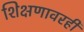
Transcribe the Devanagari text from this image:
शिक्षणावरही